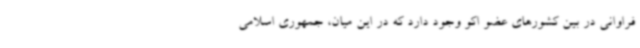
فراوانی در بین کشورهای عضو اکو وجود دارد که در این میان، جمهوری اسلامی